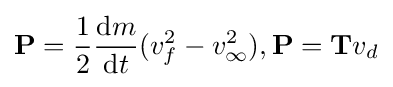
\mathbf {P} ={\frac {1}{2}}{\frac {\mathrm {d} m}{\mathrm {d} t}}(v_{f}^{2}-v_{\infty }^{2}),\mathbf {P} =\mathbf {T} v_{d}